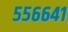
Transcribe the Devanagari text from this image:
५५६६४१